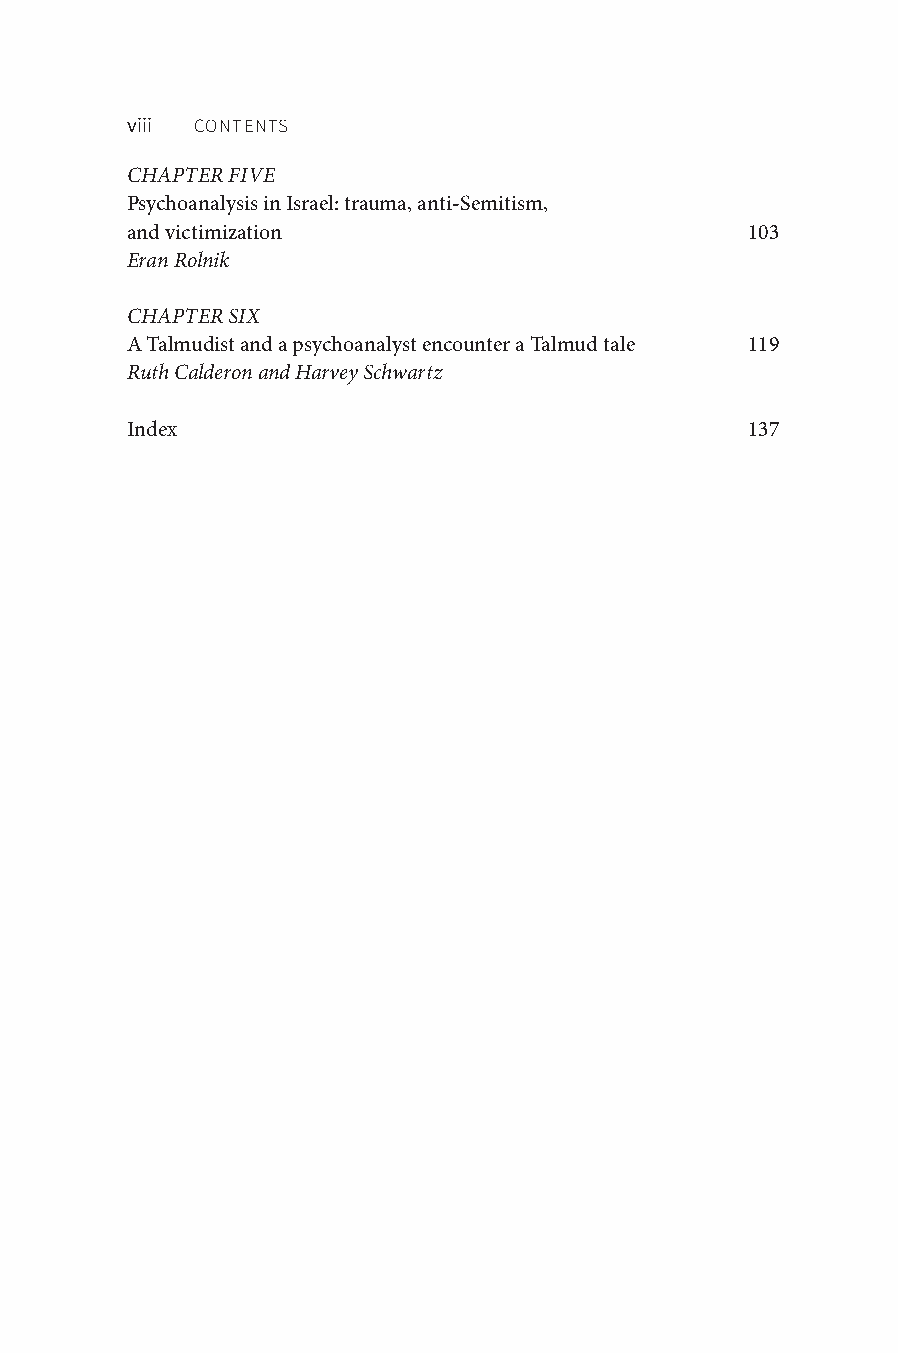
viii CONTENTS
 CHAPTER FIVE
 Psychoanalysis in Israel: trauma, anti-Semitism,
 and victimization                         103
 Eran Rolnik
 CHAPTER SIX
 A Talmudist and a psychoanalyst encounter a Talmud tale 119
 Ruth Calderon and Harvey Schwartz
 Index                                     137